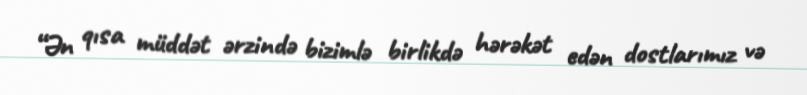
“Ən qısa müddət ərzində bizimlə birlikdə hərəkət edən dostlarımız və